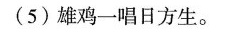
(5)雄鸡一唱日方生。